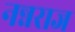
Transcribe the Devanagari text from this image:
नन्नराज